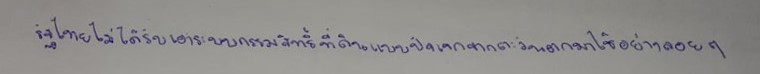
รัฐไทยไม่ได้รับเอาระบบกรรมสิทธิ์ที่ดินแบบปัจเจกจากตะวันตกมาใช้อย่างลอยๆ